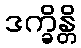
ဒက္ခိန္တိ